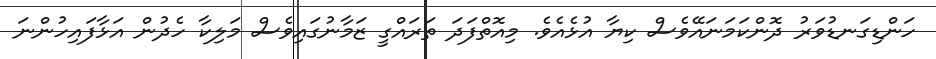
ހަންޑިގަނޑުވަރު ދޮންކަމަނައޭވެސް ކިޔާ އުޅެއެވެ. މިއޮތްފަދަ ތަރައްގީ ޒަމާނުގައިވެސް މަލިކާ ހެދުން އަޅާފައިހުންނަ